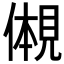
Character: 𫌠